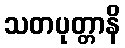
သတပုတ္တာနိ